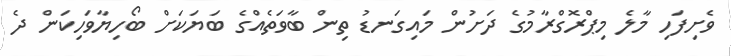
ވެށިފަހި މާލެ މިޕްރޮގްރާމުގެ ދަށުން މައިގަނޑު ތިން ބާވަތެއްގެ ބަޔަކަށް ބޯހިޔާވަހިކަން ދެ